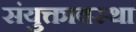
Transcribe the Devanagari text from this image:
संयुक्तावस्था